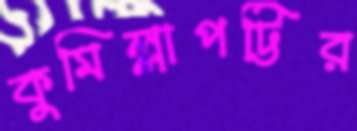
কুমিল্লাপট্টির